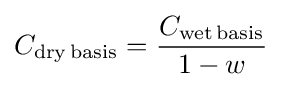
C_{\mathrm {dry\,basis} }={\frac {C_{\mathrm {wet\,basis} }}{1-w}}